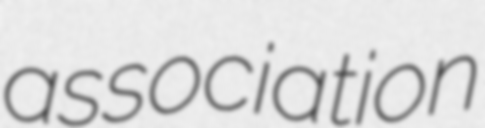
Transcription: association